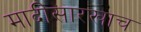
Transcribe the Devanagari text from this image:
मादीसारखाच